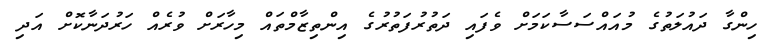
ހިންގާ ދައުލަތުގެ މުއައްސަސާކަމަށް ވެފައި ދަތުރުފަތުރުގެ އިންތިޒާމްތައް މިހާރަށް ވުރެއް ހަރުދަނާކޮށް އަދި